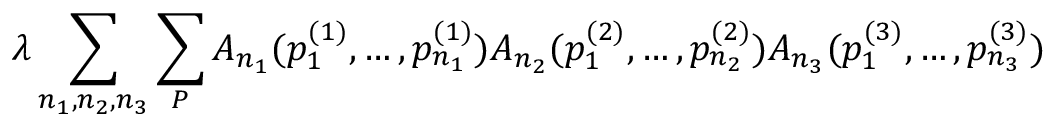
\lambda \sum _ { n _ { 1 } , n _ { 2 } , n _ { 3 } } \sum _ { \cal P } A _ { n _ { 1 } } ( p _ { 1 } ^ { ( 1 ) } , \ldots , p _ { n _ { 1 } } ^ { ( 1 ) } ) A _ { n _ { 2 } } ( p _ { 1 } ^ { ( 2 ) } , \ldots , p _ { n _ { 2 } } ^ { ( 2 ) } ) A _ { n _ { 3 } } ( p _ { 1 } ^ { ( 3 ) } , \ldots , p _ { n _ { 3 } } ^ { ( 3 ) } )